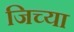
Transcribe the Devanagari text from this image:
जिच्‍या